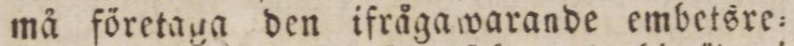
må företaga den ifråga warande embetsre=